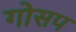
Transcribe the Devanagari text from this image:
गोसप